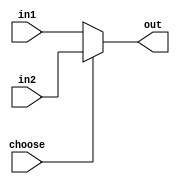
`timescale 1ns / 1ps
//////////////////////////////////////////////////////////////////////////////////
// Company: 
// Engineer: 
// 
// Design Name: 
// Module Name: n_bit_multiplixer
// Project Name: 
// Target Devices: 
// Tool Versions: 
// Description: 
// 
// Dependencies: 
// 
// Revision:
// Revision 0.01 - File Created
// Additional Comments:
// 
//////////////////////////////////////////////////////////////////////////////////


module MUX #(parameter n = 32)(input[n-1:0] in1,input[n-1:0] in2, input choose, output[n-1:0] out);

assign out = choose?in2:in1;

endmodule